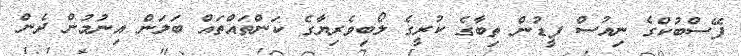
ފޭސްބުކްގެ ނިއުސް ފީޑުން ތިބާގެ ކުރީގެ ލޯބިވެރިޔާގެ ކަންތައްތައް ބަލަން އިނުމުން ދެން